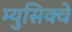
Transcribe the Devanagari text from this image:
म्युसिक्वे